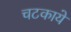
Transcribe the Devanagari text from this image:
चटकाये